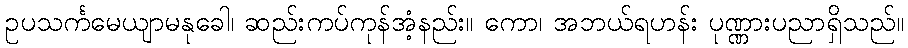
ဥပသင်္ကမေယျာမနုခေါ၊ ဆည်းကပ်ကုန်အံ့နည်း။ ကော၊ အဘယ်ရဟန်း ပုဏ္ဏားပညာရှိသည်။